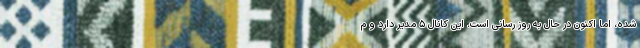
شده، اما اکنون در حال به روز رسانی است. این کانال ۵ مدیر دارد و م